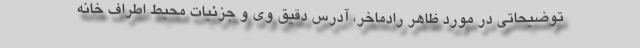
توضیحاتی در مورد ظاهر رادماخر، آدرس دقیق وی و جزئیات محیط اطراف خانه